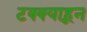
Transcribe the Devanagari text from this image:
टक्‍क्‍याहून